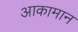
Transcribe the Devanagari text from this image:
आकामान